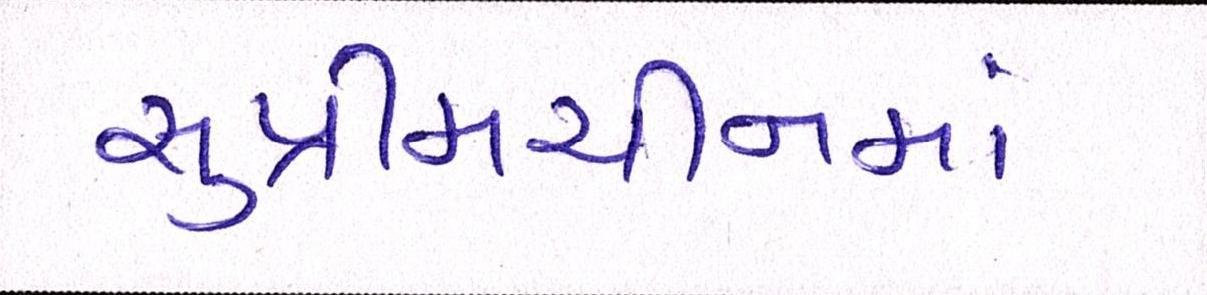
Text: સુપ્રીમચીનમાં